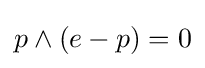
p\wedge (e-p)=0